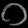
Digit: ၀